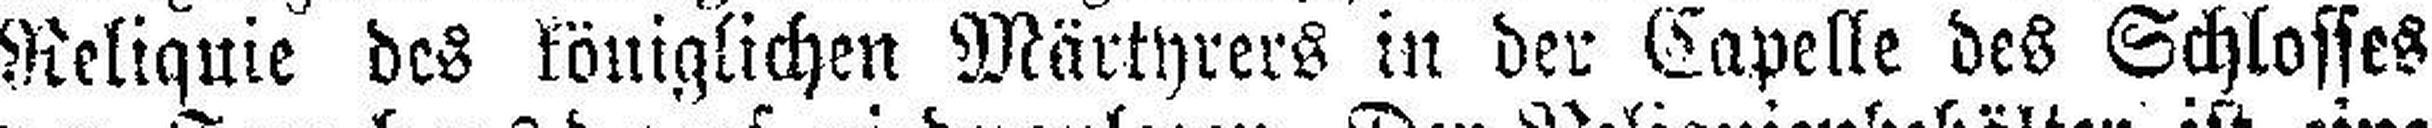
Reliquie des königlichen Märtyrers in der Capelle des Schlosses